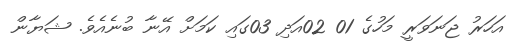
އަހަރު ޖަނަވަރީ މަހުގެ 01 02އަދި 03ގައި ކަމަށް އޭނާ ބުނެއެވެ. ޝަޔާން